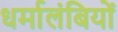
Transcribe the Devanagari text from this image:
धर्मालंबियों